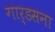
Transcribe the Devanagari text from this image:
गार्डसना